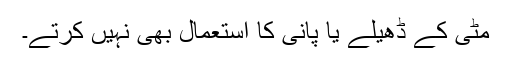
مٹی کے ڈھیلے یا پانی کا استعمال بھی نہیں کرتے۔